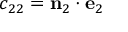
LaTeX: c _ { 2 2 } = \mathbf { n } _ { 2 } \cdot \mathbf { e } _ { 2 }